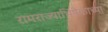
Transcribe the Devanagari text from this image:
रामराज्याभिषेकाच्या